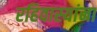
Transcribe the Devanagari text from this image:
रहिवास्यांना